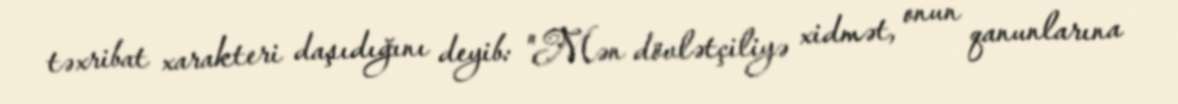
təxribat xarakteri daşıdığını deyib: "Mən dövlətçiliyə xidmət, onun qanunlarına